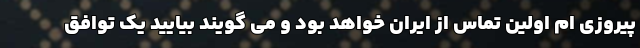
پیروزی ام اولین تماس از ایران خواهد بود و می گویند بیایید یک توافق